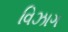
વિઝાગ